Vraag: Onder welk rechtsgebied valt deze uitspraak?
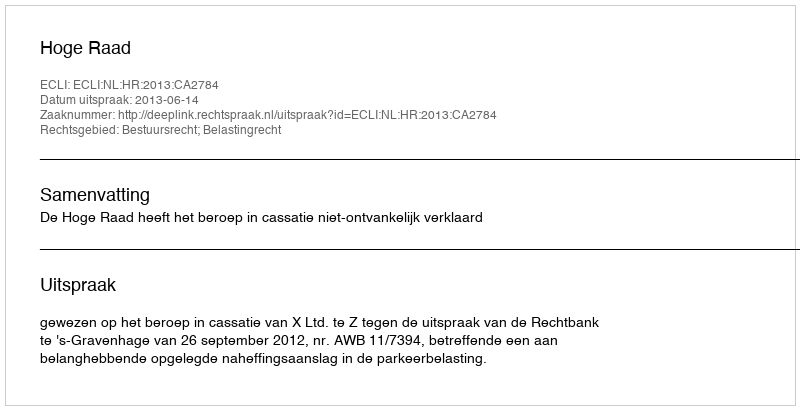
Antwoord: Bestuursrecht; Belastingrecht